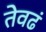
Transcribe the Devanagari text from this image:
तेवढं